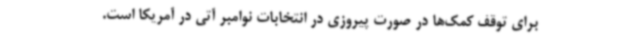
برای توقف کمک‌ها در صورت پیروزی در انتخابات نوامبر آتی در آمریکا است.